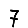
Digit: 7